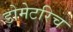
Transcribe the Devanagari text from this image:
डोमेटरिच